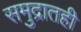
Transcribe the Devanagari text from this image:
समुद्रातही